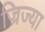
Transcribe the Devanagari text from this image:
ज्रिज्या